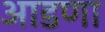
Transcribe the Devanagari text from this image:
आडणा